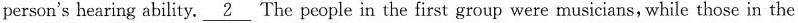
person's hearing ability. \underline{2} The people in the first group were musicians, while those in the